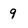
Character: 9